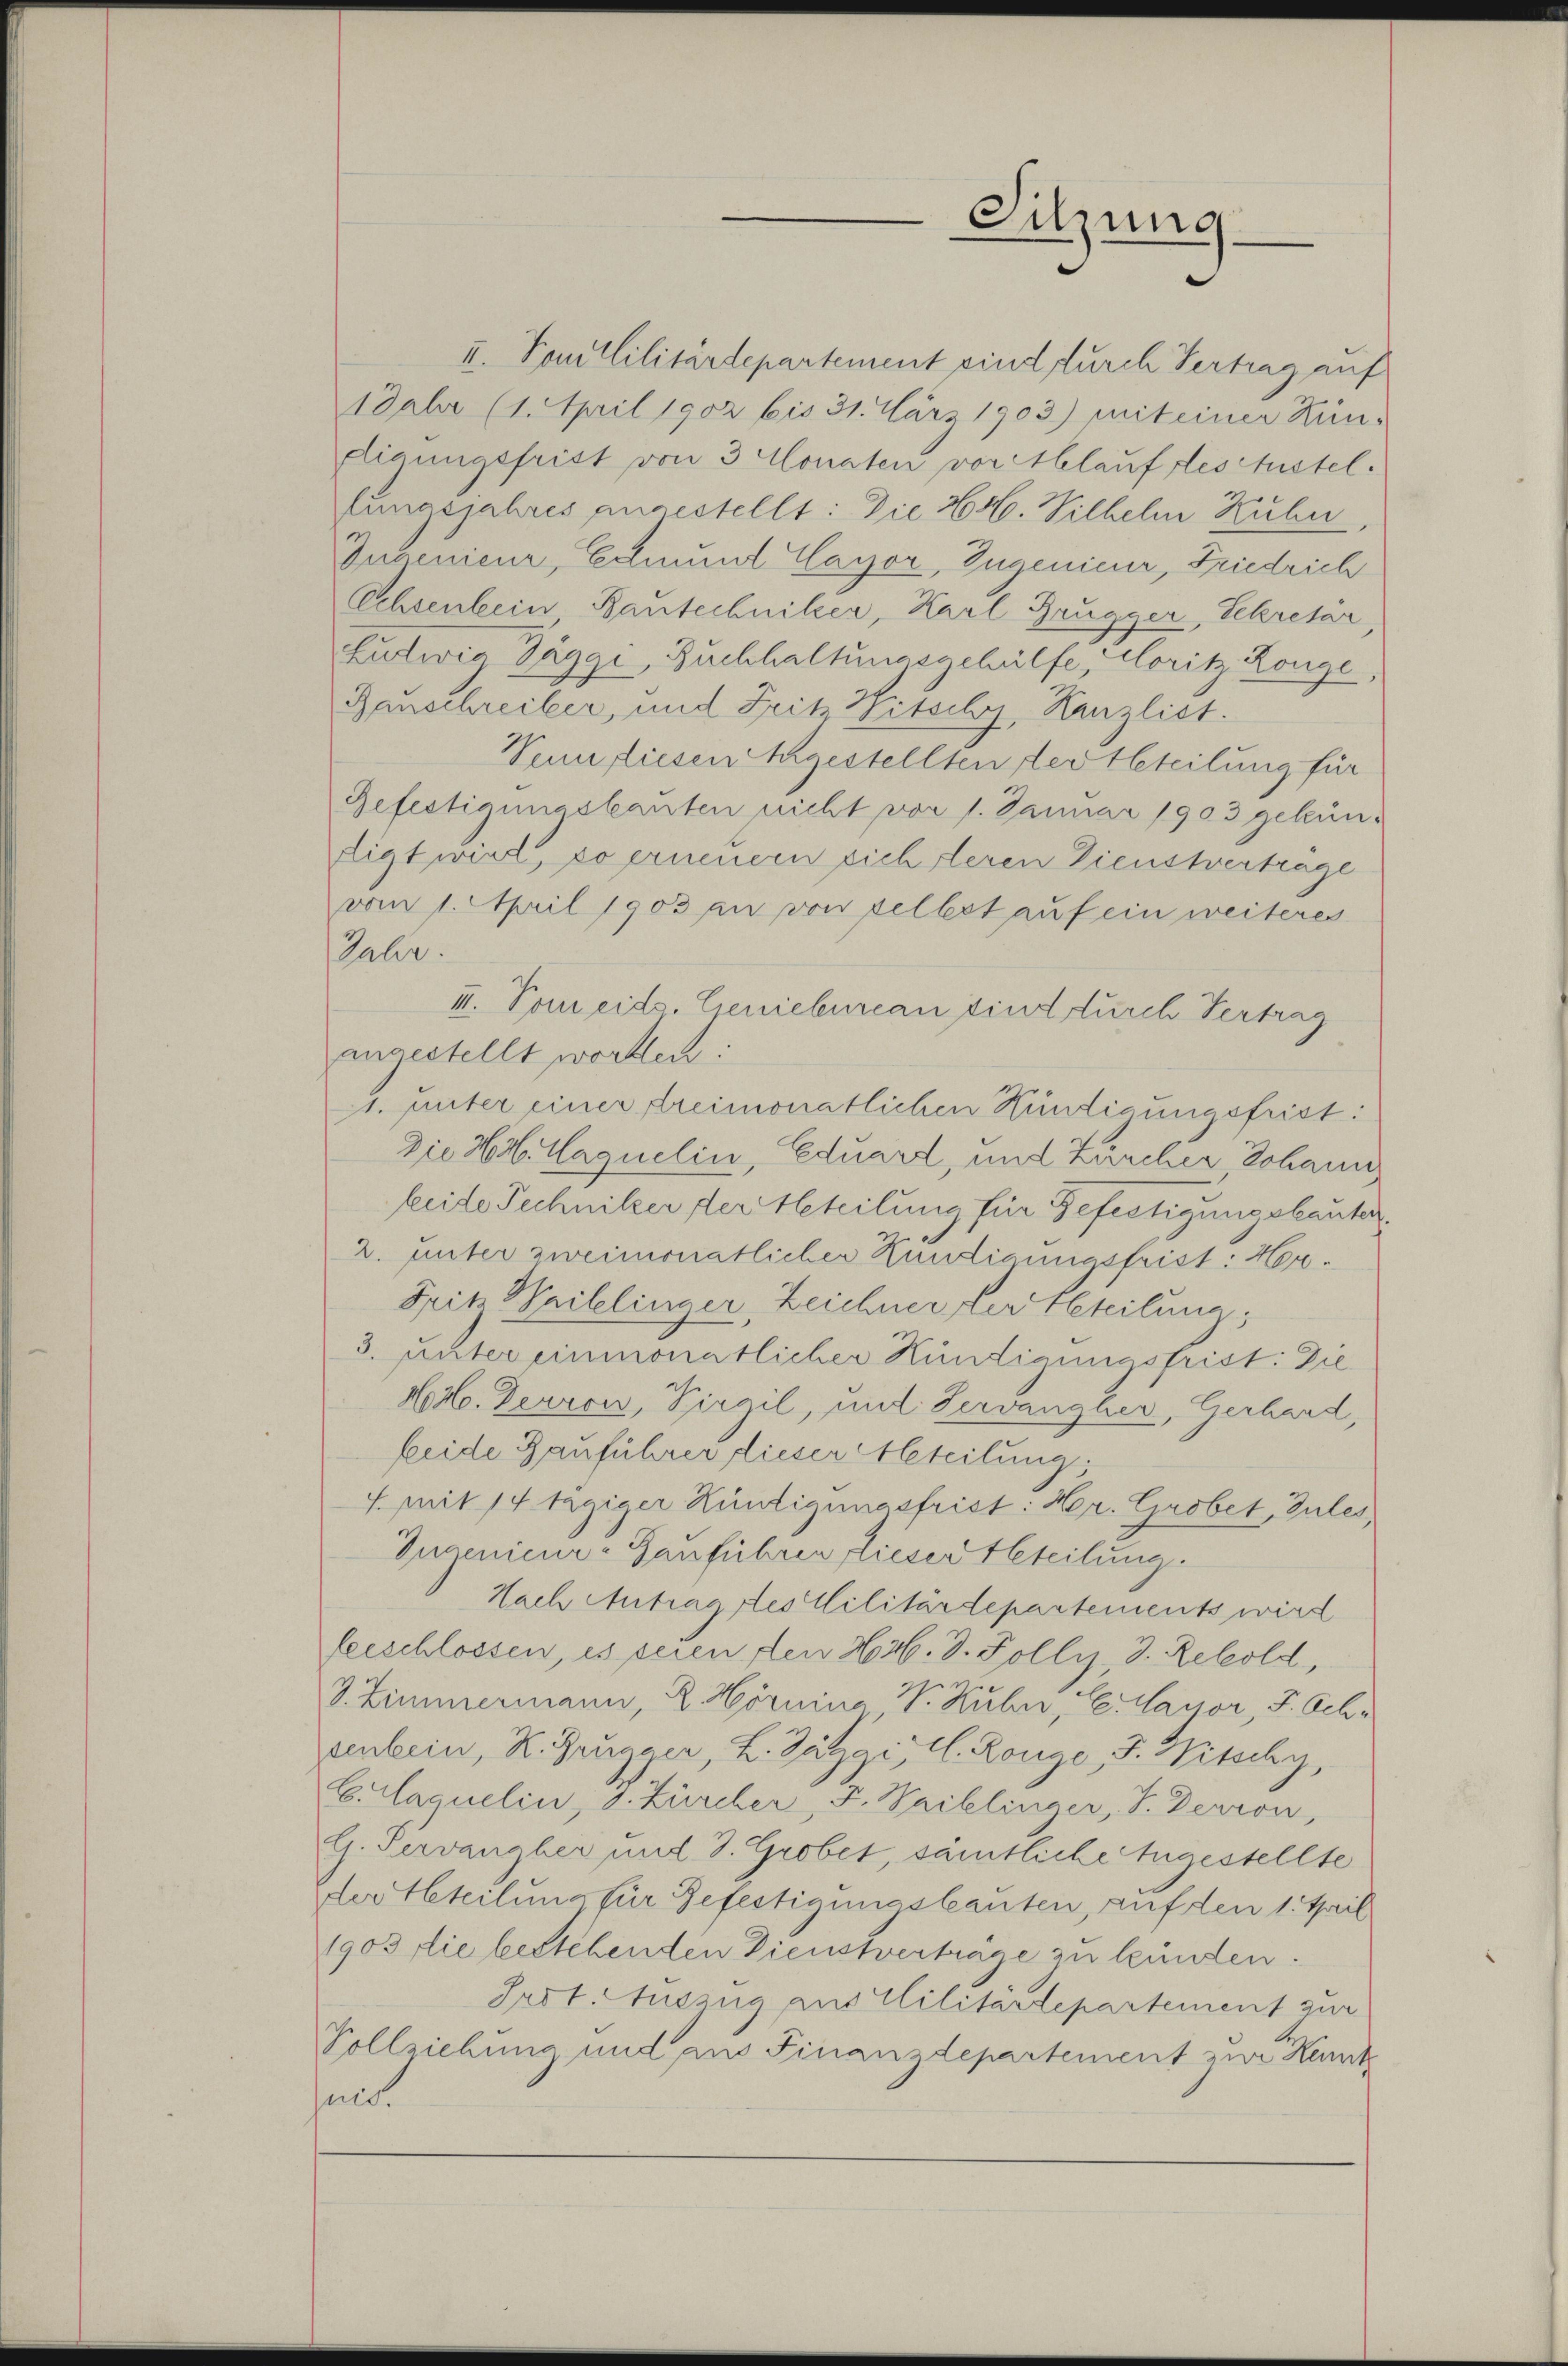
II. Poullilitärdepartement sind durch Vertrag auf
1 Febr (1. April 1902 bis 31. März 1903) mit einer Kün-
digungsfrist von 3 Monaten vor Ablauf des Austellungsjahres angestellt: Die Hr. Wilhelm Kuhn,
Ingenieur, Edmund Cayor, Ingenieur, Friedrich
Ochsenbein Bautechniker, Karl Brugger, Sekretär
Lutwig Täggi, Buchhaltungsgehülfe, Moritz Ronge
Rauschreiber, und Fritz Witschy, Kanzlist.
Sinn fliesen Angestellten tertheteilung für
Befestigungskanten nicht vor 1. Januar 1903 gekündigt wird, so erneuern sich deren Dienstverträge
vom 1. April 1903 an von selbst auf ein weiteres
Galer.
III. Vom eids. Geniebureau sind durch Vertrag
angestellt worden:
1. unter einer dreimonatlichen Hündigungsfrist:
Die Hr. Caquelin, Eduard, und Zürcher Johann
beite Technitzer der Heteilung für Gefertigungsbauter.
2. unter zweimonatlicher Hundigungsfrist: Hor¬
Fritz Waibelinger, Zeichner der Beteilung
3. unter einmonatlicher Kündigungsfrist: Die¬
NNo. Derren, Virgil, und Servangher, Gerhard,
beide Bauführer dieser Abteilung,
7. Mit 14 tägiger Kündigungsfrist: Hr. Grobet, Gutes,
Ingenieur-Hauführen, dieser Beteilung.
Nach Antrag des Militärdepartements wird
feeschlossen, es seien den Horb. D. Pollis, D. Rebold,
3. Zimmermann, R. Hörnina V. Rühre, C. Layor, S. Schr
senbein, R. Zeugger, L. Zägi, 1. Konge, J. Witschy,
Eulaquelin, d. Zürcher, F. Vaillinger, J. Derron,
G. Servancher mit 3. Grobet, sämtliche Angestellte
der teilung für Befestigungsbauten, auf den 1. Teil
1903 die bestehenden Dienstvertrage zu kunden.
Irot. Auszug aus Militärdepartement zur
Vollziehung und an Finanzdepartement zur Kennt
ues.

Sitzung